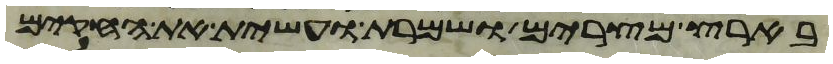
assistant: בארץ מצרים ושמרת ועשית את החקים